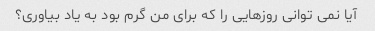
آیا نمی توانی روزهایی را که برای من گرم بود به یاد بیاوری؟